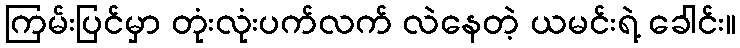
ကြမ်းပြင်မှာ တုံးလုံးပက်လက် လဲနေတဲ့ ယမင်းရဲ့ ခေါင်း။